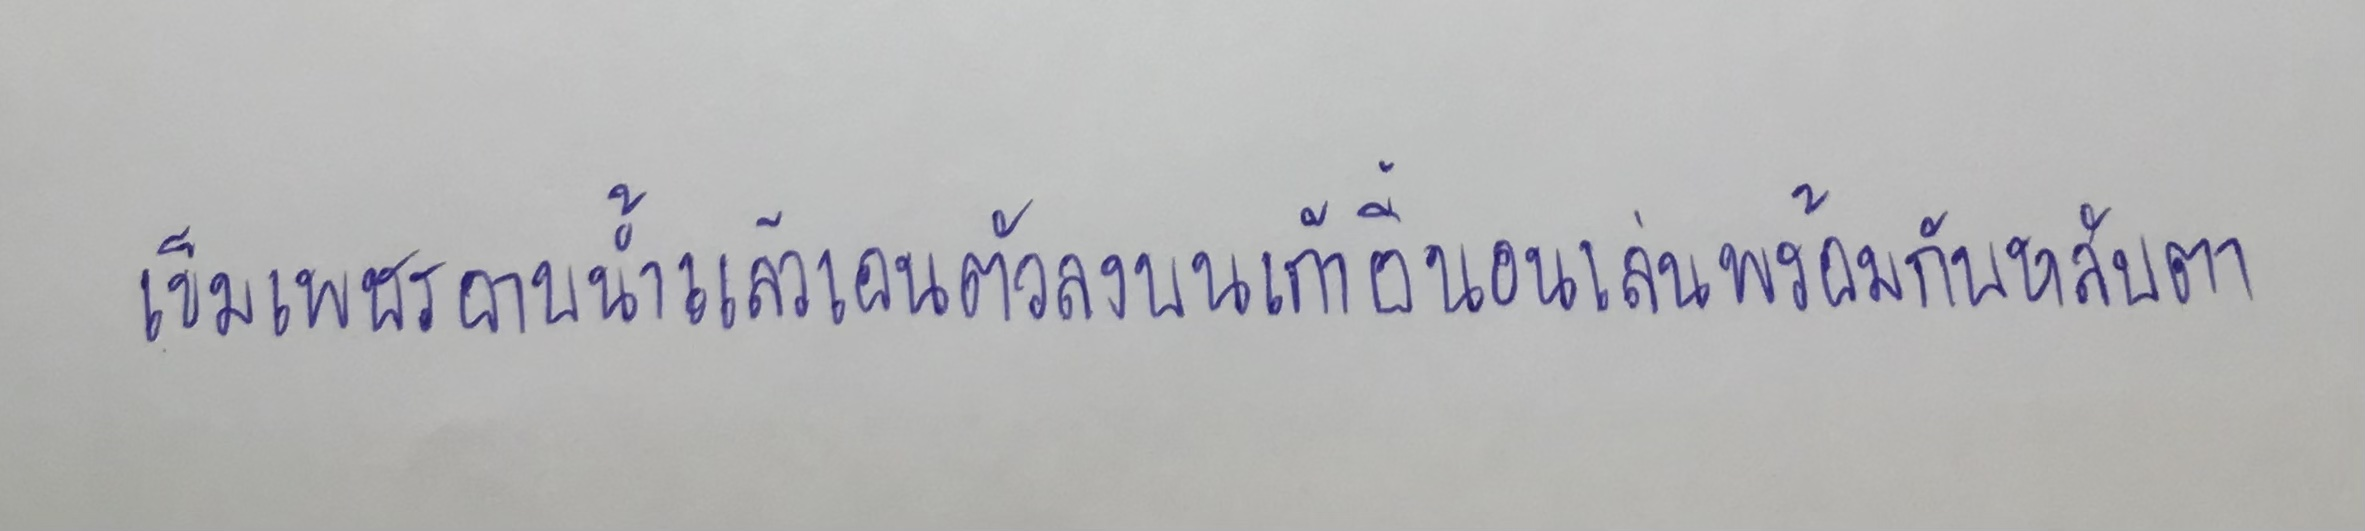
เข็มเพชรอาบน้ำแล้วเอนตัวลงบนเก้าอี้นอนเล่นพร้อมกับหลับตา